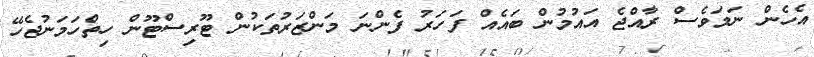
އެހެން ނަމަވެސް ރާއްޖެ އައުމުން ބައެއް ފަހަރު ފެންނަ މަންޒަރުތަކުން ޓޫރިސްޓޫން ހިތްހަމަނުޖެހޭ